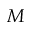
M